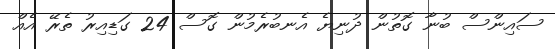
ސައިންސް ބުނާ ގޮތުން ދުނިޔެ އެނބުރެމުން ގޮސް 24 ގަޑިއިރު ތެރޭ އެއް